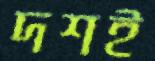
দশই